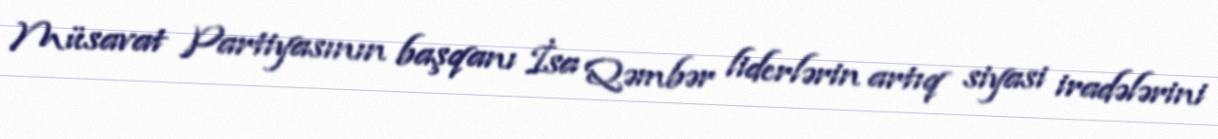
Müsavat Partiyasının başqanı İsa Qəmbər liderlərin artıq siyasi iradələrini